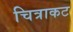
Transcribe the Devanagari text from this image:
चित्राकट